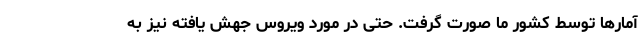
آمارها توسط کشور ما صورت گرفت. حتی در مورد ویروس جهش یافته نیز به